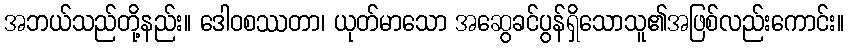
အဘယ်သည်တို့နည်း။ ဒေါဝစဿတာ၊ ယုတ်မာသော အဆွေခင်ပွန်ရှိသောသူ၏အဖြစ်လည်းကောင်း။